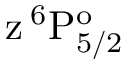
\mathrm { z \, ^ { 6 } P _ { 5 / 2 } ^ { o } }